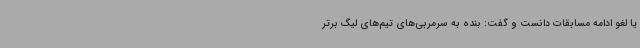
یا لغو ادامه مسابقات دانست و گفت: بنده به سرمربی‌های تیم‌های لیگ برتر